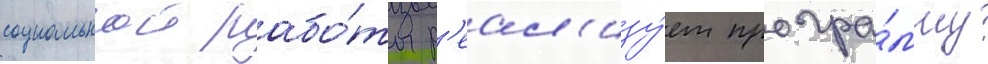
социальнои рабо́ты р'еал'изу́ет програ́мму